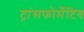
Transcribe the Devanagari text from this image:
ट्रांसफोर्मेटिव